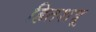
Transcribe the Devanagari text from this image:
हितशत्रू